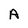
Character: A